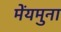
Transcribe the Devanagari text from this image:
मेंयमुना